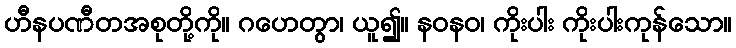
ဟီနပဏီတအစုတို့ကို။ ဂဟေတွာ၊ ယူ၍။ နဝနဝ၊ ကိုးပါး ကိုးပါးကုန်သော။